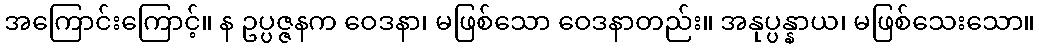
အကြောင်းကြောင့်။ န ဥပ္ပဇ္ဇနက ဝေဒနာ၊ မဖြစ်သော ဝေဒနာတည်း။ အနုပ္ပန္နာယ၊ မဖြစ်သေးသော။